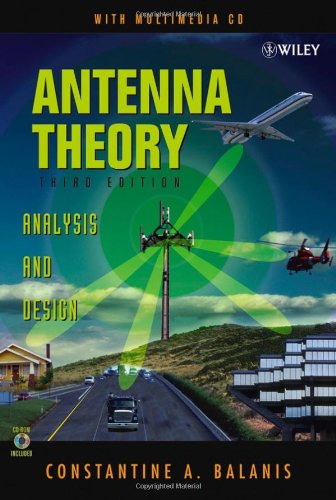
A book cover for Antenna Theory: Analysis and Design, 3rd Edition; Constantine A. Balanis; Computers & Technology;